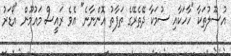
އުސޫލުތަކާ "ހާހަކާއި ސުމަކާ ދޭތެރޭގެ ތަފާތު އޮންނާނެ" އެވެ ރައީސް މައުމޫން "އޯޑަރު